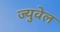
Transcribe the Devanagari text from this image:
ज्युवेल